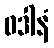
ဝဒါနံ